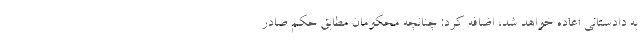
به دادستانی اعاده خواهد شد، اضافه کرد: چنانچه محکومان مطابق حکم صادر